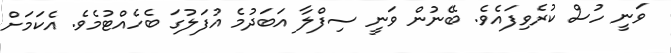
ވަނީ ހުސް ކުރެވިފައެވެ. ބޭނުން ވަނީ ސިފްލާ އަބަދުމެ އުފަލުގަ ބެހެއްޓުމެވެ. އެކަމަށް